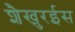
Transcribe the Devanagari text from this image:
शैखुरईस